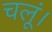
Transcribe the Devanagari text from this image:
चलूं।